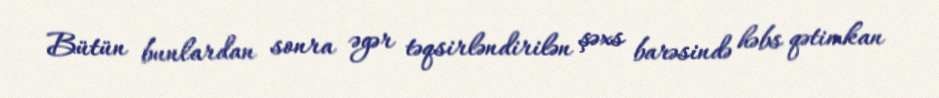
Bütün bunlardan sonra əgər təqsirləndirilən şəxs barəsində həbs qətimkan